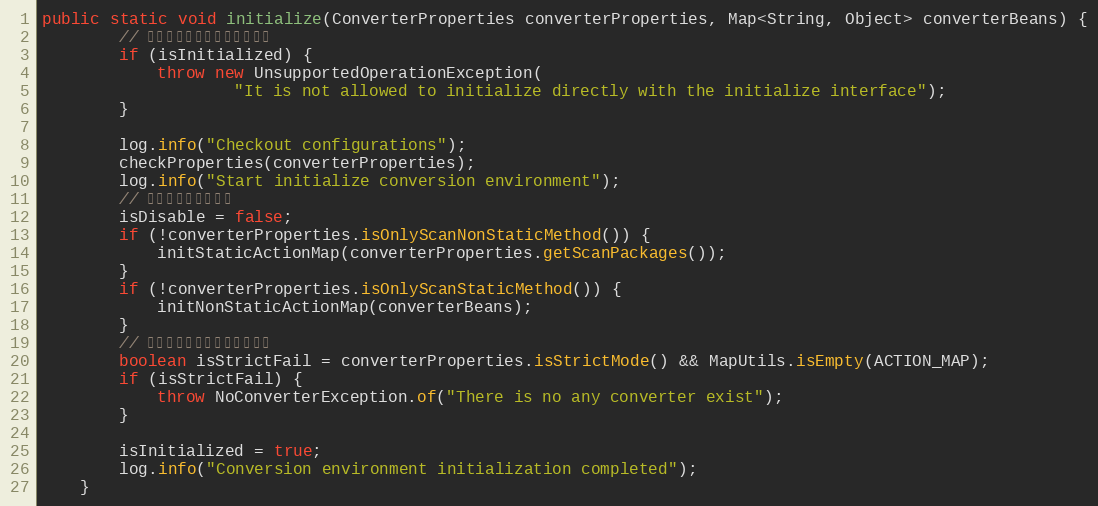
Language: Java
public static void initialize(ConverterProperties converterProperties, Map<String, Object> converterBeans) {
        // 不允许使用该接口手动初始化
        if (isInitialized) {
            throw new UnsupportedOperationException(
                    "It is not allowed to initialize directly with the initialize interface");
        }

        log.info("Checkout configurations");
        checkProperties(converterProperties);
        log.info("Start initialize conversion environment");
        // 开启转换上下文标志
        isDisable = false;
        if (!converterProperties.isOnlyScanNonStaticMethod()) {
            initStaticActionMap(converterProperties.getScanPackages());
        }
        if (!converterProperties.isOnlyScanStaticMethod()) {
            initNonStaticActionMap(converterBeans);
        }
        // 严格模式下，必须存在转换器
        boolean isStrictFail = converterProperties.isStrictMode() && MapUtils.isEmpty(ACTION_MAP);
        if (isStrictFail) {
            throw NoConverterException.of("There is no any converter exist");
        }

        isInitialized = true;
        log.info("Conversion environment initialization completed");
    }